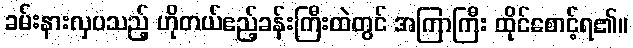
ခမ်းနားလှပသည့် ဟိုတယ်ဧည့်ခန်းကြီးထဲတွင် အကြာကြီး ထိုင်စောင့်ရ၏။